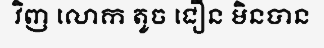
វិញ លោក តូច ជឿន មិនបាន